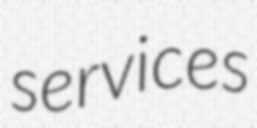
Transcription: services